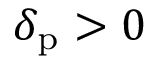
\delta _ { \mathrm { p } } > 0